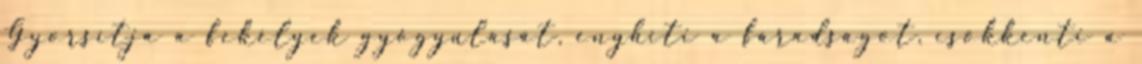
Gyorsítja a fekélyek gyógyulását, enyhíti a fáradságot, csökkenti a